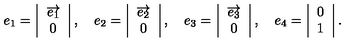
e _ { 1 } = \left| \begin{array} { c } { \overrightarrow { e _ { 1 } } } \\ { 0 } \\ \end{array} \right| , \quad e _ { 2 } = \left| \begin{array} { c } { \overrightarrow { e _ { 2 } } } \\ { 0 } \\ \end{array} \right| , \quad e _ { 3 } = \left| \begin{array} { c } { \overrightarrow { e _ { 3 } } } \\ { 0 } \\ \end{array} \right| , \quad e _ { 4 } = \left| \begin{array} { c } { 0 } \\ { 1 } \\ \end{array} \right| .